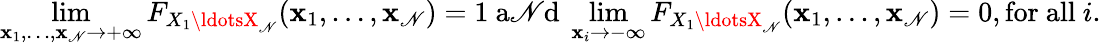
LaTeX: \operatorname*{lim}_{\mathbf{x}_{1},\ldots,\mathbf{x}_{\mathscr{N}}\rightarrow+\infty}F_{X_{1}\ldotsX_{\mathscr{N}}}(\mathbf{x}_{1},\ldots,\mathbf{x}_{\mathscr{N}})=1{\mathrm{{~a\mathscr{N}d~}}}\operatorname*{lim}_{\mathbf{x}_{i}\rightarrow-\infty}F_{X_{1}\ldotsX_{\mathscr{N}}}(\mathbf{x}_{1},\ldots,\mathbf{x}_{\mathscr{N}})=0,{\mathrm{{for~all~}}}i.